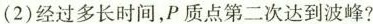
(2)经过多长时间，P质点第二次达到波峰?